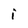
Character: i